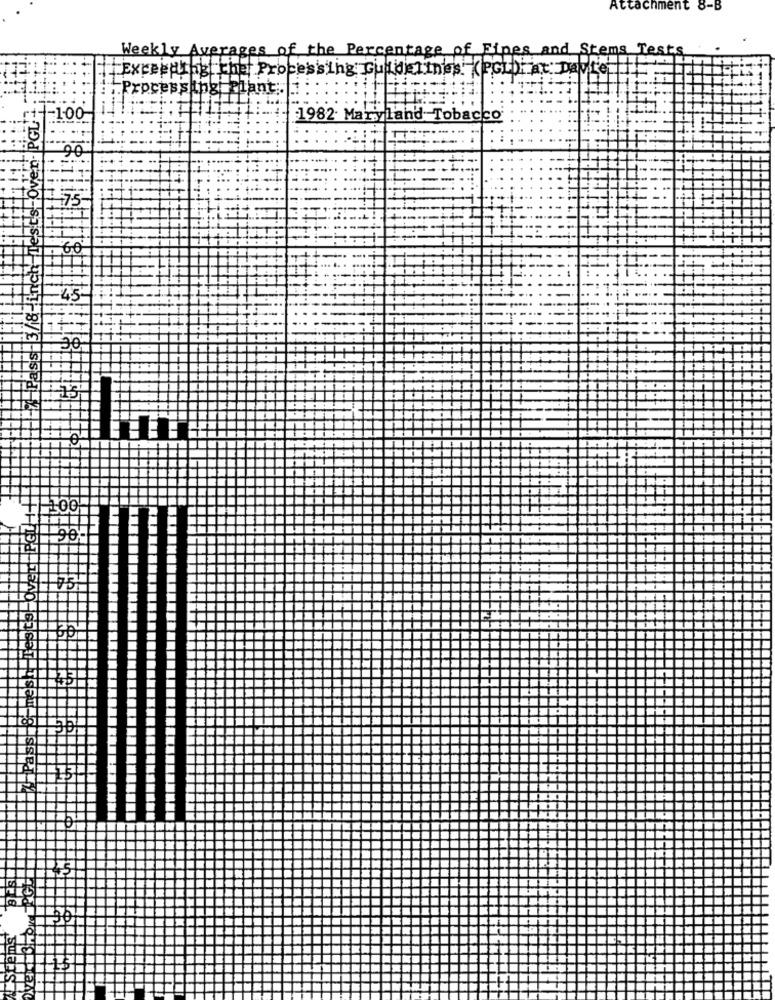
Attachment 8-B
Weekly Averages of the Percentage of Fines an
Tes
[Exceedthyl the Processing Guidelines! (PGL))hat""
Processing Plant:
=100
1982. Maryland Tobacco
.....
1.75
i&-Inch
60
-45-
77
assı
# 100-
Pass